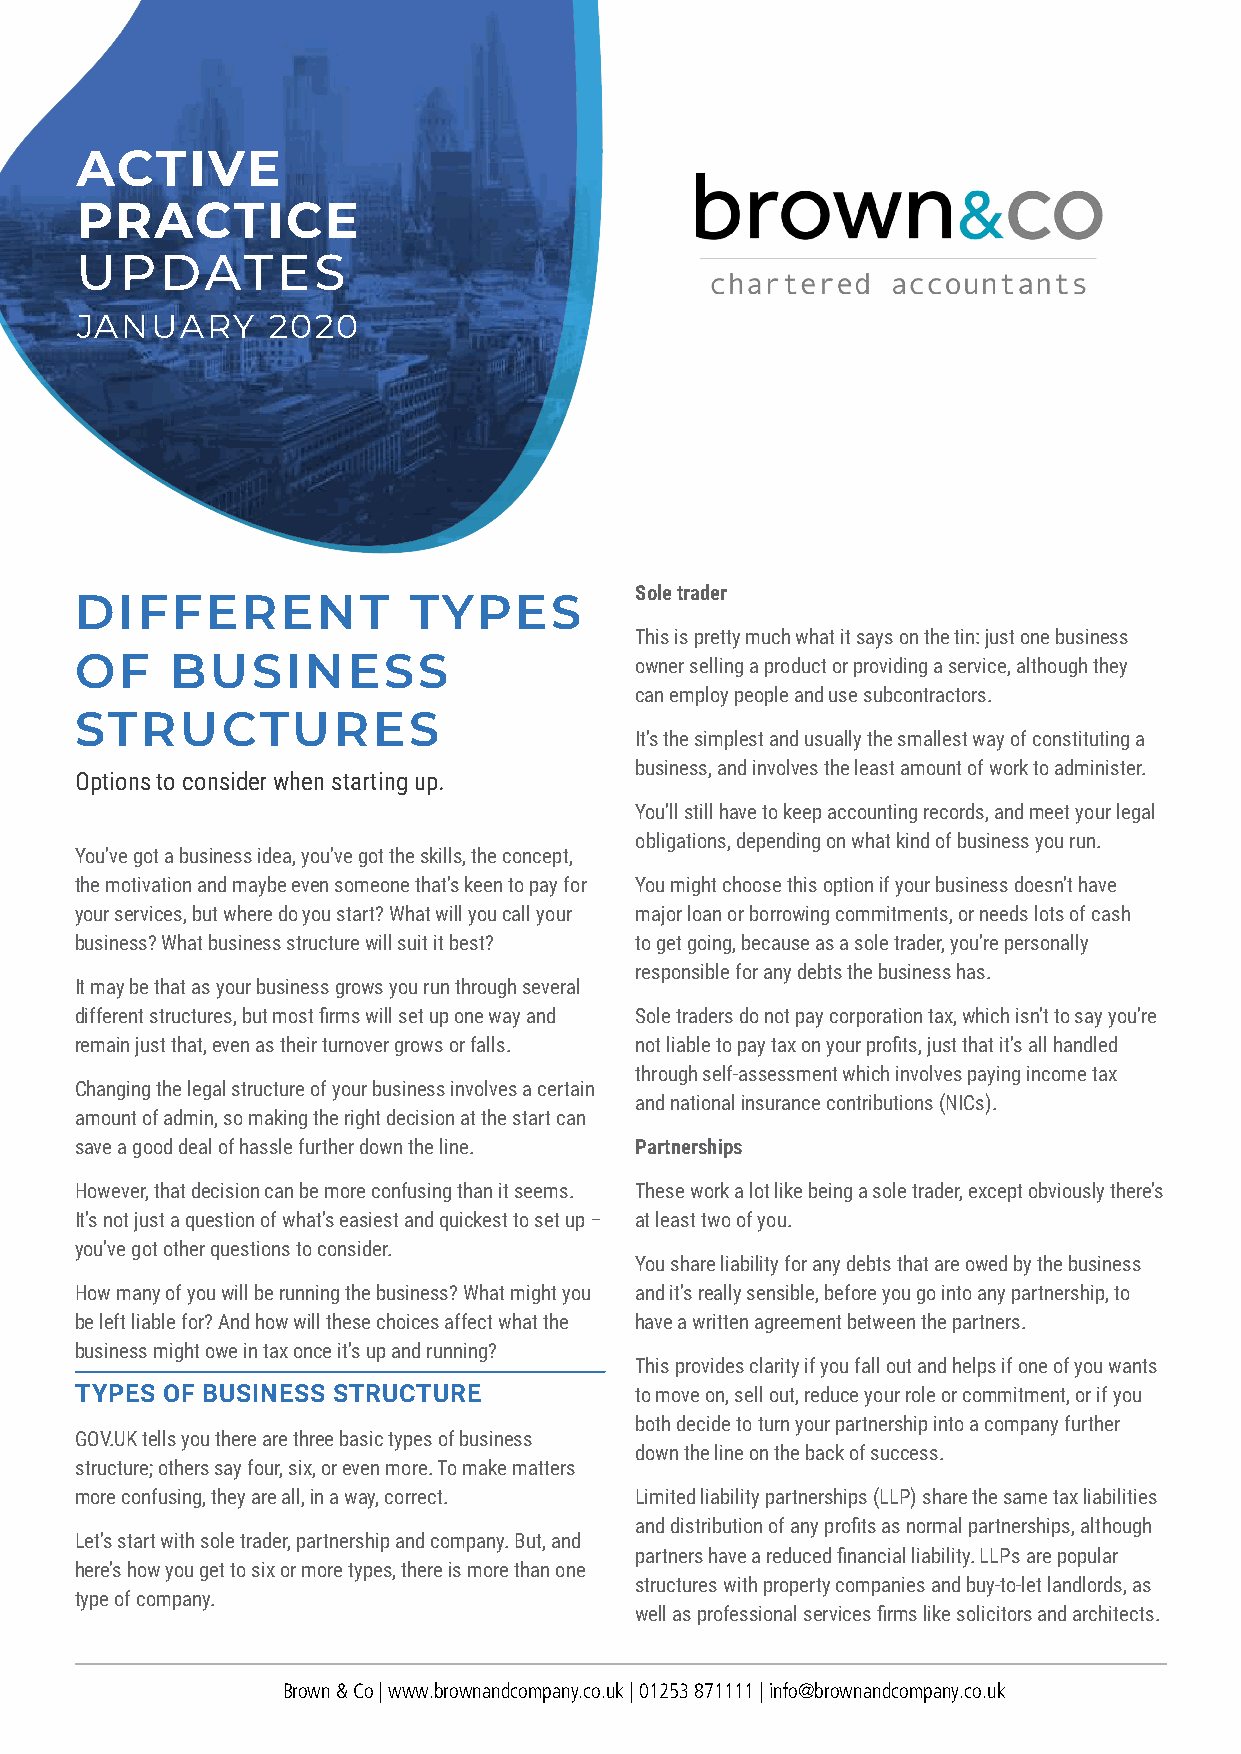
ACTIVE
 PRACTICE
 UPDATES
 JANUARY      2020
 Sole trader
 DIFFERENT             TYPES
 This is pretty much what it says on the tin: just one business
 OF    BUSINESS                       owner selling a product or providing a service, although they
 can employ people and use subcontractors.
 STRUCTURES
 It’s the simplest and usually the smallest way of constituting a
 business, and involves the least amount of work to administer.
 Options to consider when starting up.
 You’ll still have to keep accounting records, and meet your legal
 obligations, depending on what kind of business you run.
 You’ve got a business idea, you’ve got the skills, the concept,
 the motivation and maybe even someone that’s keen to pay for You might choose this option if your business doesn’t have
 your services, but where do you start? What will you call your major loan or borrowing commitments, or needs lots of cash
 business? What business structure will suit it best? to get going, because as a sole trader, you’re personally
 responsible for any debts the business has.
 It may be that as your business grows you run through several
 different structures, but most firms will set up one way and Sole traders do not pay corporation tax, which isn’t to say you’re
 remain just that, even as their turnover grows or falls. not liable to pay tax on your profits, just that it’s all handled
 through self-assessment which involves paying income tax
 Changing the legal structure of your business involves a certain
 and national insurance contributions (NICs).
 amount of admin, so making the right decision at the start can
 save a good deal of hassle further down the line. Partnerships
 However, that decision can be more confusing than it seems. These work a lot like being a sole trader, except obviously there’s
 It’s not just a question of what’s easiest and quickest to set up – at least two of you.
 you’ve got other questions to consider.
 You share liability for any debts that are owed by the business
 How many of you will be running the business? What might you and it’s really sensible, before you go into any partnership, to
 be left liable for? And how will these choices affect what the have a written agreement between the partners.
 business might owe in tax once it’s up and running?
 This provides clarity if you fall out and helps if one of you wants
 TYPES OF BUSINESS STRUCTURE          to move on, sell out, reduce your role or commitment, or if you
 both decide to turn your partnership into a company further
 GOV.UK tells you there are three basic types of business
 down the line on the back of success.
 structure; others say four, six, or even more. To make matters
 more confusing, they are all, in a way, correct. Limited liability partnerships (LLP) share the same tax liabilities
 and distribution of any profits as normal partnerships, although
 Let’s start with sole trader, partnership and company. But, and
 partners have a reduced financial liability. LLPs are popular
 here’s how you get to six or more types, there is more than one
 structures with property companies and buy-to-let landlords, as
 type of company.
 well as professional services firms like solicitors and architects.
 Brown & Co | www.brownandcompany.co.uk | 01253 871111 | info@brownandcompany.co.uk